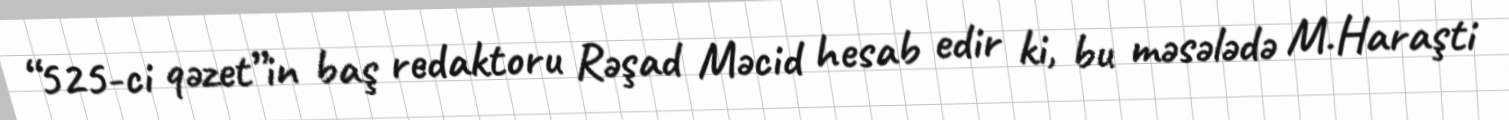
“525-ci qəzet”in baş redaktoru Rəşad Məcid hesab edir ki, bu məsələdə M.Haraşti